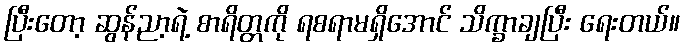
ပြီးတော့ ဆွန်ညာ့ရဲ့ စာရိတ္တကို ရစရာမရှိအောင် သိက္ခာချပြီး ရေးတယ်။